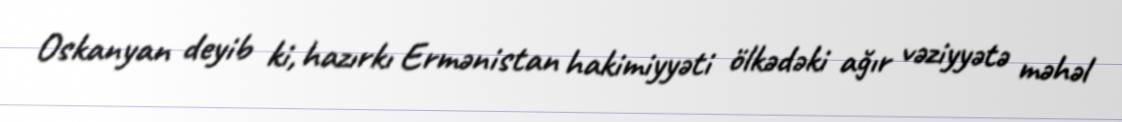
Oskanyan deyib ki, hazırkı Ermənistan hakimiyyəti ölkədəki ağır vəziyyətə məhəl